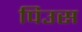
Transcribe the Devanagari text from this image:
पिउस